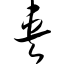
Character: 夹